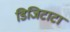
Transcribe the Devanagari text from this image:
डिजिटाटा